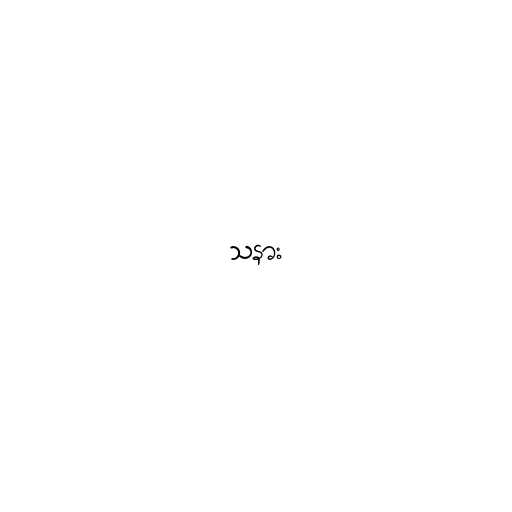
သနား